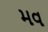
મવ